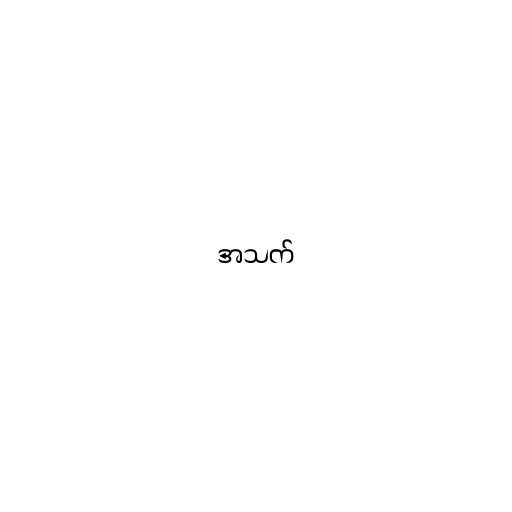
အသက်